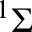
^ 1 \Sigma